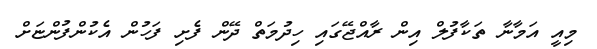
މިއީ އަމާނާ ތަކާފުލް އިން ރާއްޖޭގައި ހިދުމަތް ދޭން ފެށި ފަހުން އެކުންފުންޏަށް